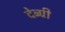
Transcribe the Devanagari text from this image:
देव्ग्री